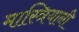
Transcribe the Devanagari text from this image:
मास्त्रियानी